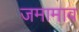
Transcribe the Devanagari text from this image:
जमामाव